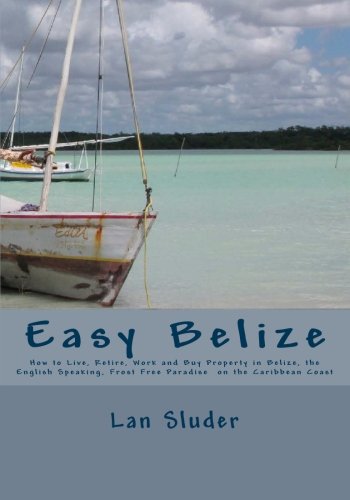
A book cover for Easy Belize: How to Live, Retire, Work and Buy Property in Belize, the English Speaking Frost Free Paradise on the Caribbean Coast; Lan Sluder; Travel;